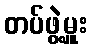
တပ်ဖွဲ့မှူး